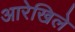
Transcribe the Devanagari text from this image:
आरेखिले